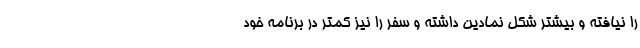
را نیافته و بیشتر شکل نمادین داشته و سفر را نیز کمتر در برنامه خود